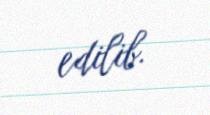
edilib.